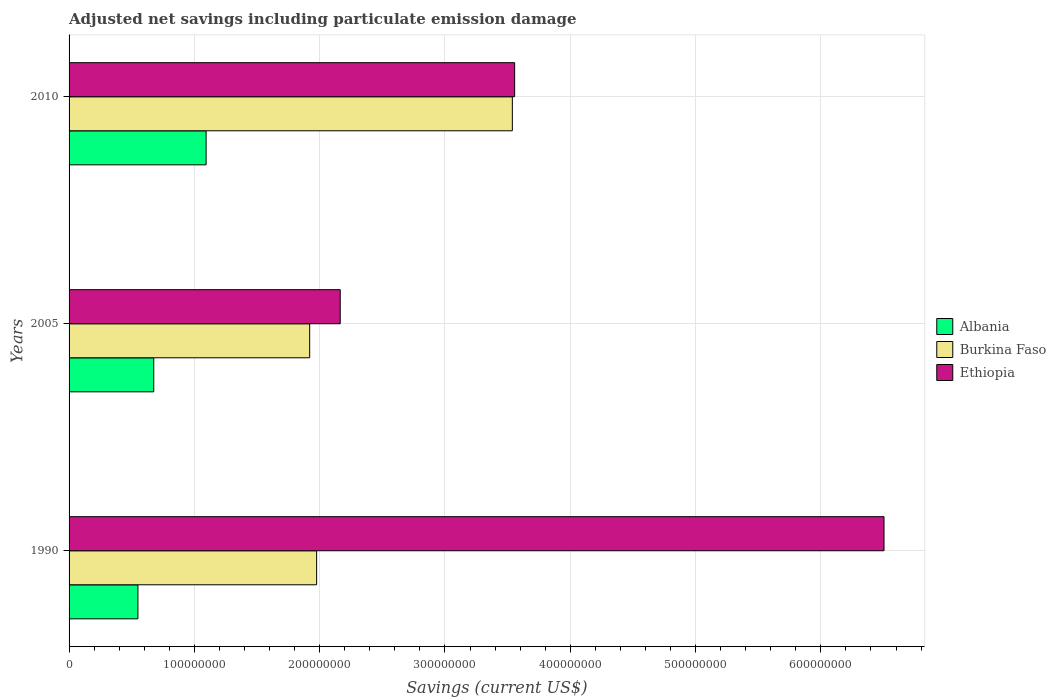
| Years | Albania | Burkina Faso | Ethiopia |
 | --- | --- | --- | --- |
 | 1990 | 5.5e+07 | 1.98e+08 | 6.5e+08 |
 | 2005 | 6.76e+07 | 1.92e+08 | 2.16e+08 |
 | 2010 | 1.09e+08 | 3.54e+08 | 3.56e+08 |